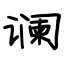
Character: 谰